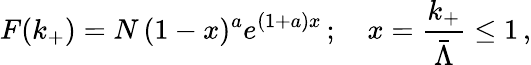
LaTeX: F(k_{+})=N\, (1-x)^{a}e^{(1+a)x}\, ;\quad x=\frac{k_{+}}{\bar{\Lambda}}\le 1\, ,